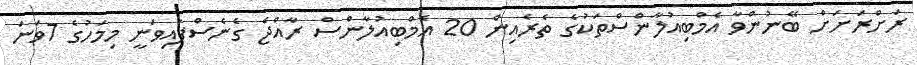
ރަށްރަށަށް ބޭނުންވާ އެމްބިއުލާންސްތަކުގެ ތެރެއިން 20 އެމްބިއުލާންސް ރާއްޖެ ގެނެސްފައިވަނީ މިމަހުގެ 7ވަނަ